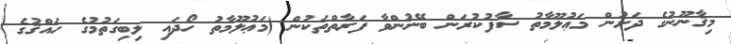
މިޤާނޫނުގެ ދަށުން މަޢުލޫމާތު ސާފުކުރަން ބޭނުންވާ ފަރާތްތަކުން (މަޢުލޫމާތު ހޯދައި ލިބިގަތުމުގެ ހައްޤުގެ